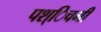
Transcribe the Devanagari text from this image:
पश्िचमी